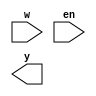
module dec2to4( 
    input [3:0] w,
    input en,
    output reg [15:0] y); 

    always @(*) 
        case ({en, w})
            5'b10000: Y = 16'd0; 
            5'b10001: Y = 16'd1; 
            5'b10010: Y = 16'd2; 
            5'b10011: Y = 16'd3; 
            5'b10100: Y = 16'd4;
            5'b10101: Y = 16'd5;
            5'b10110: Y = 16'd6;
            5'b10111: Y = 16'd7;
            5'b11000: Y = 16'd8;
            5'b11001: Y = 16'd9;
            5'b11010: Y = 16'd10;
            5'b11011: Y = 16'd11;
            5'b11100: Y = 16'd12;
            5'b11101: Y = 16'd13;
            5'b11110: Y = 16'd14;
            5'b11111: Y = 16'd15;
            default: Y = 16'd0;
        endcase 
endmodule